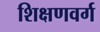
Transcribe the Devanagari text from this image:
शिक्षणवर्ग